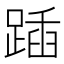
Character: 𨂵